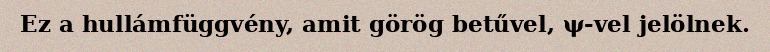
Ez a hullámfüggvény, amit görög betűvel, ψ-vel jelölnek.